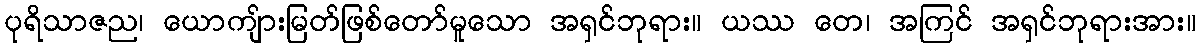
ပုရိသာဇည၊ ယောကျ်ားမြတ်ဖြစ်တော်မူသော အရှင်ဘုရား။ ယဿ တေ၊ အကြင် အရှင်ဘုရားအား။